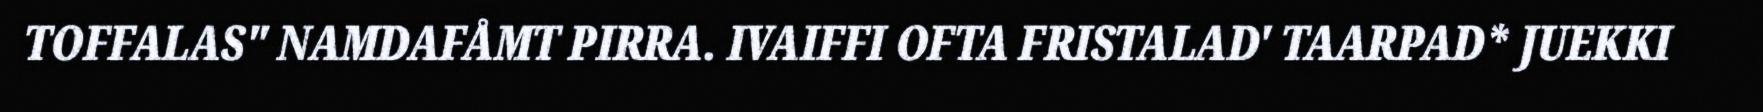
TOFFALAS" NAMDAFÅMT PIRRA. IVAIFFI OFTA FRISTALAD' TAARPAD* JUEKKI